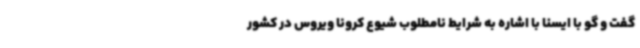
گفت و گو با ایسنا با اشاره به شرایط نامطلوب شیوع کرونا ویروس در کشور